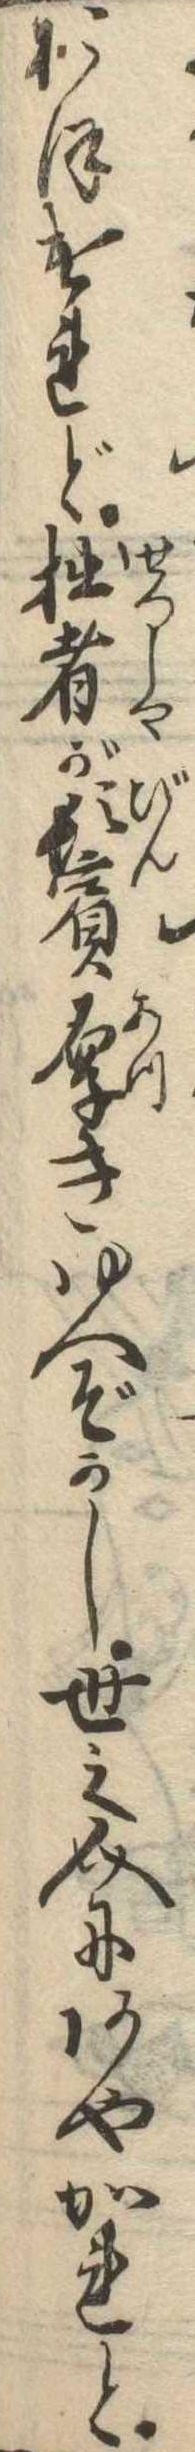
おほけれど拙者が鬢厚きゆへぞかし世之介にあやかれと